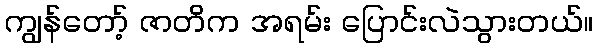
ကျွန်တော့် ဇာတိက အရမ်း ပြောင်းလဲသွားတယ်။